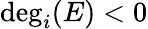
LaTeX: \deg_{i}(E)<0